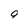
Character: 9